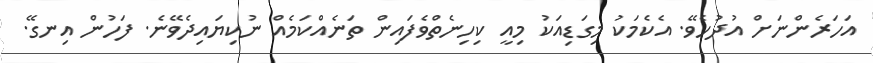
އަހަރެންނަށް އުދުހެވޭ. އެކެމަކު މިގަޑިއަކު މިއީ ކިހިނެތްވެފައިން ތަނެއްކަމެއް ނުކިޔައިދެވޭނެ. ފަހުން އިނގޭ.